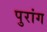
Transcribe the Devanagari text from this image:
पुरांग